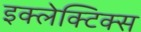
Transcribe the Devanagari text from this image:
इक्लेक्टिक्स